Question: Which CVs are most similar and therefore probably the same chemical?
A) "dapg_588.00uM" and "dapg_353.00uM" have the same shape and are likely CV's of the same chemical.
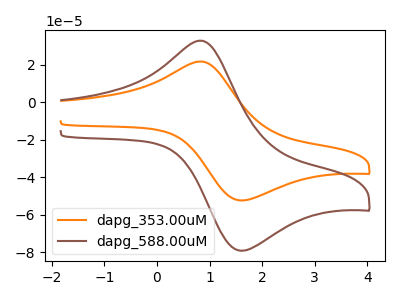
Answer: <think>The orange curve "dapg_353.00uM" has an anodic peak at (0.85V, 21.60uA) and a cathodic peak at (1.60V, -52.35uA). The brown curve "dapg_588.00uM" has an anodic peak at (0.85V, 32.65uA) and a cathodic peak at (1.60V, -79.10uA).
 All the peaks in "dapg_353.00uM" have a peak in "dapg_588.00uM" at the same potential. Every peak in "dapg_353.00uM" is lower than every peak in "dapg_588.00uM".</think>
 <answer>A) "dapg_588.00uM" and "dapg_353.00uM" have the same shape and are likely CV's of the same chemical.</answer>
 <eval>A</eval>